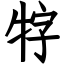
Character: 牸